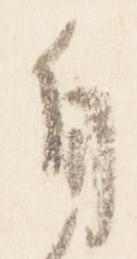
自